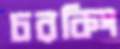
চরকিং